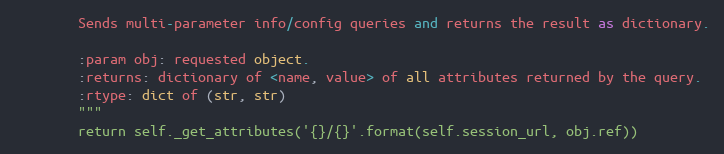
Language: Python
        Sends multi-parameter info/config queries and returns the result as dictionary.

        :param obj: requested object.
        :returns: dictionary of <name, value> of all attributes returned by the query.
        :rtype: dict of (str, str)
        """
        return self._get_attributes('{}/{}'.format(self.session_url, obj.ref))